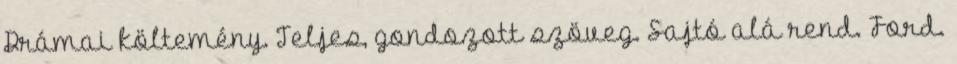
Drámai költemény. Teljes, gondozott szöveg. Sajtó alá rend. Ford.